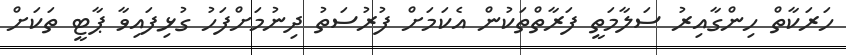
ހަރަކާތް ހިންގާއިރު ސަލާމަތީ ފަރާތްތަކުން އެކަމަށް ފުރުސަތު ދިނުމަށްފަހު ގުޅިފައިވާ ޕާޓީ ތަކަށް